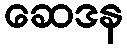
ဆေဒန